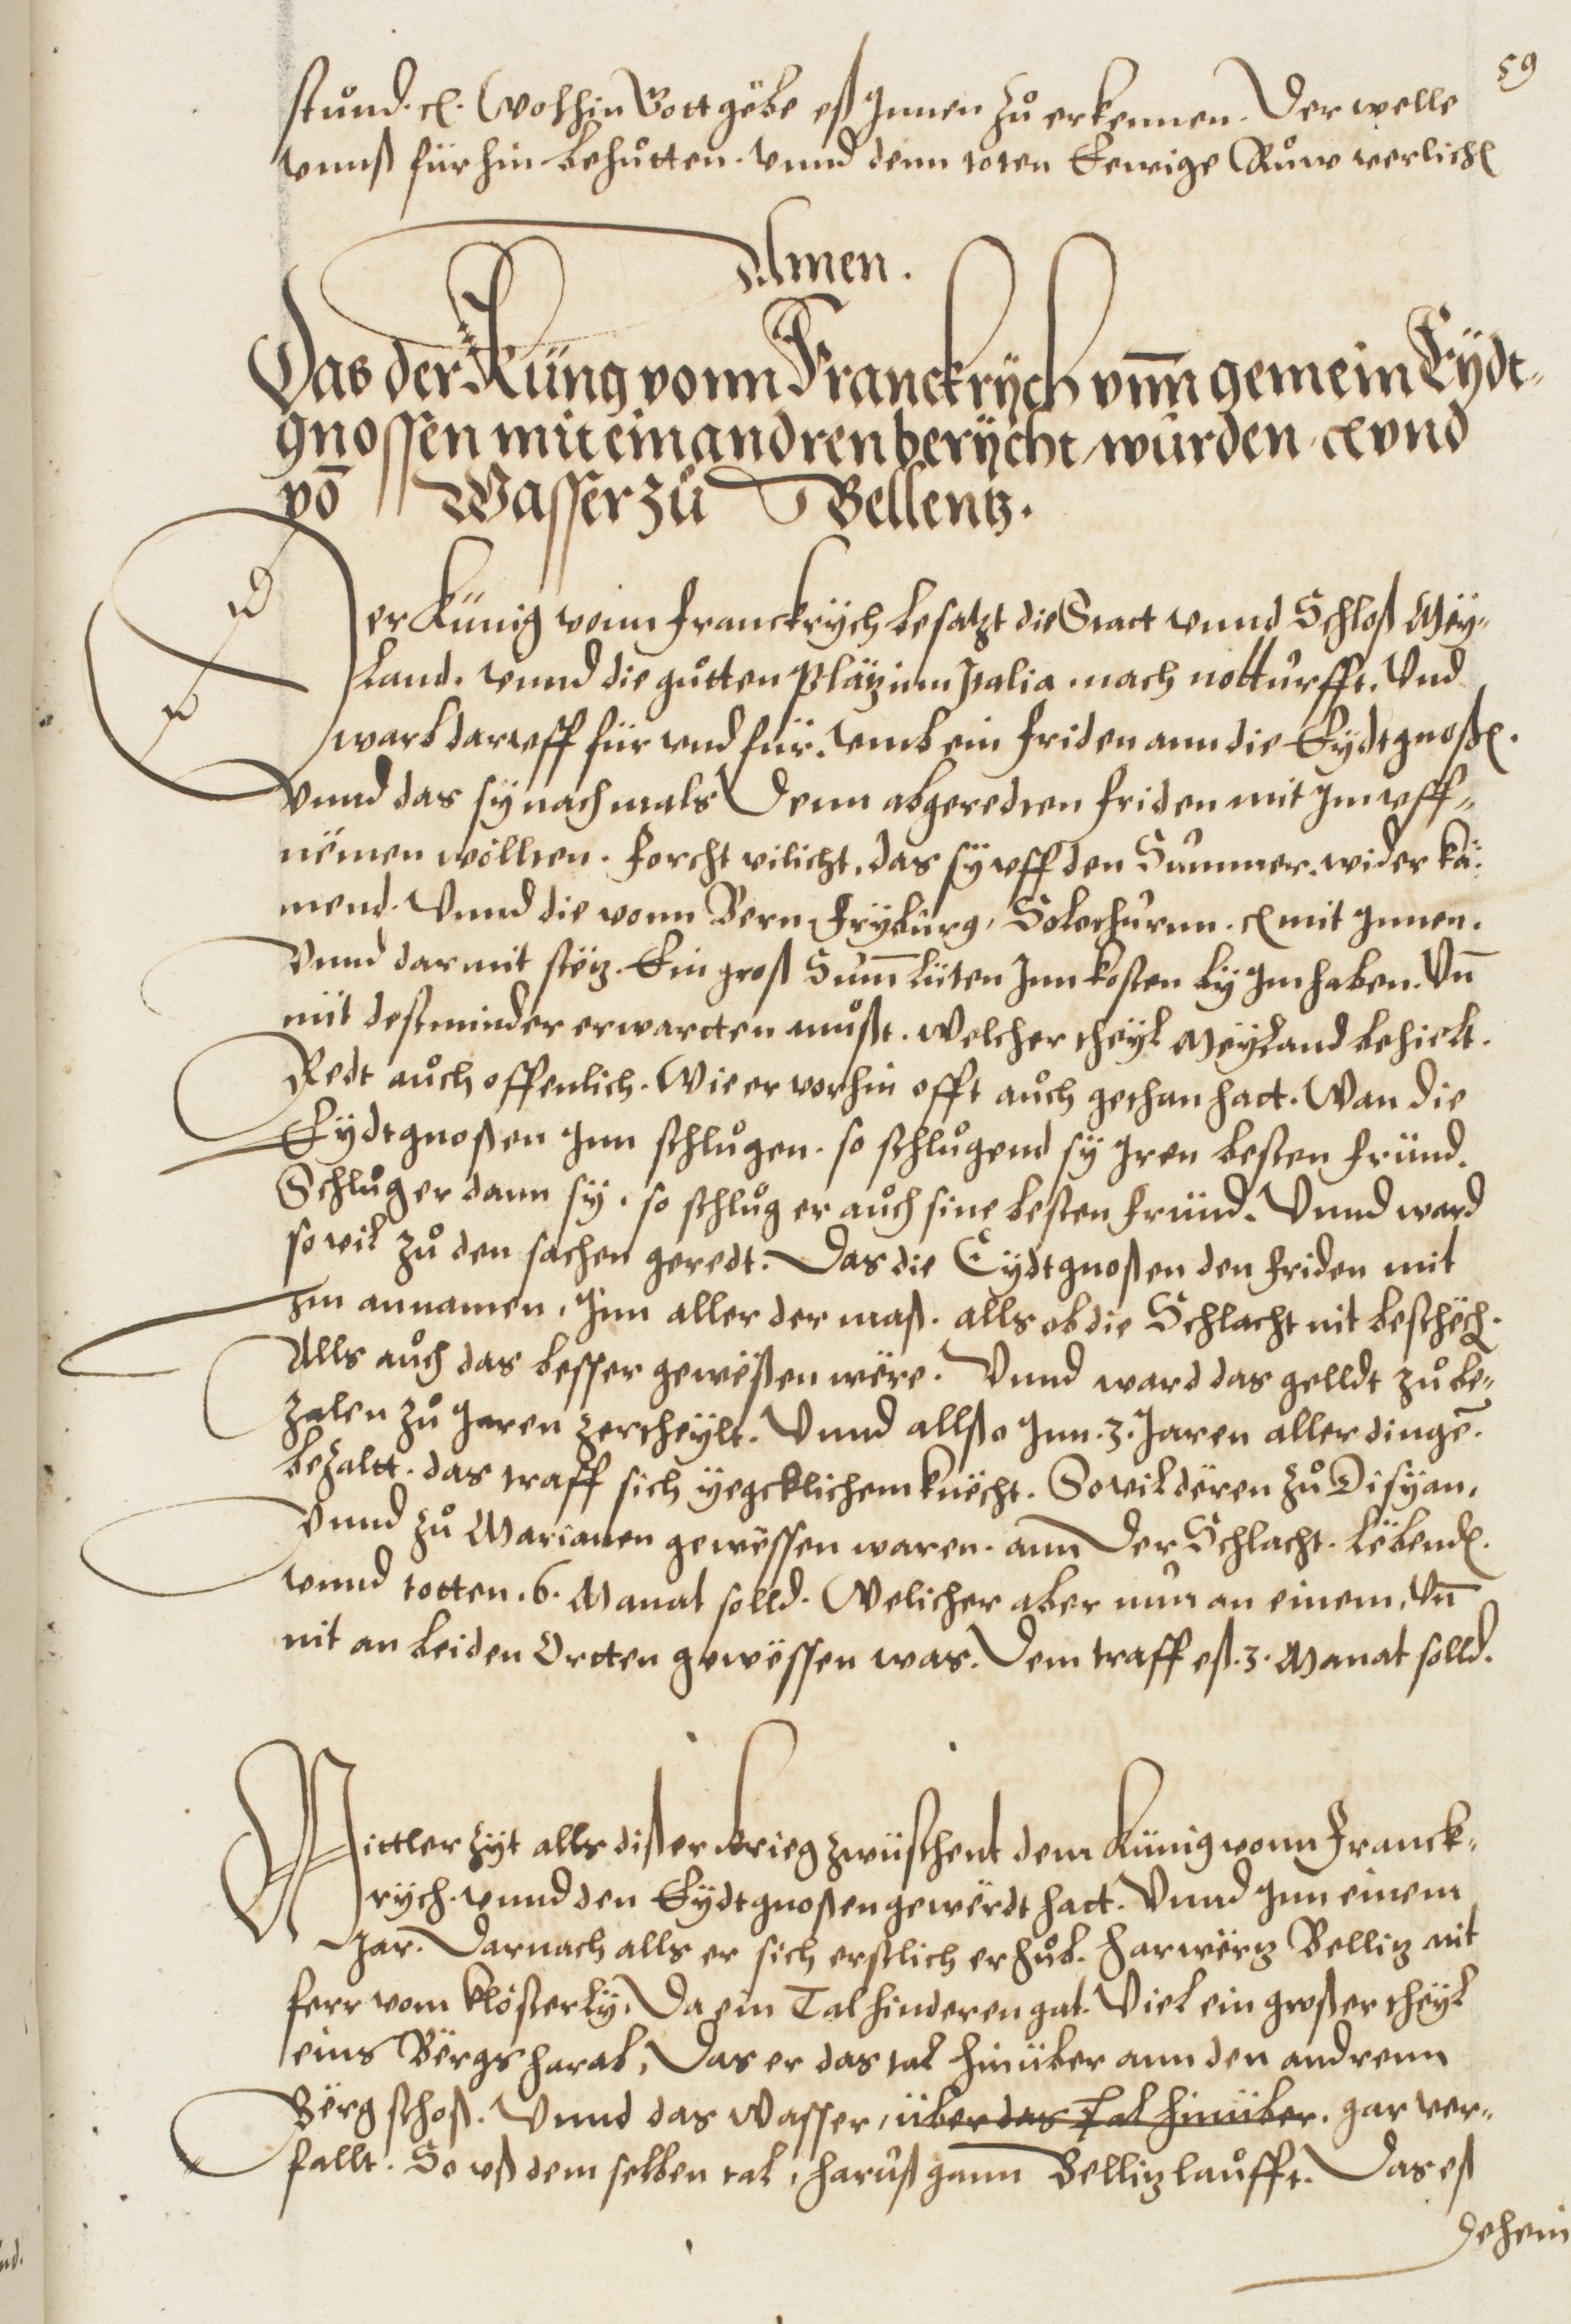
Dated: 1572–1572